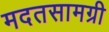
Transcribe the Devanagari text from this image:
मदतसामग्री